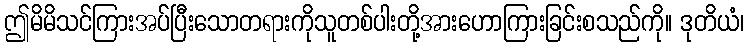
ဤမိမိသင်ကြားအပ်ပြီးသောတရားကိုသူတစ်ပါးတို့အားဟောကြားခြင်းစသည်ကို။ ဒုတိယံ၊